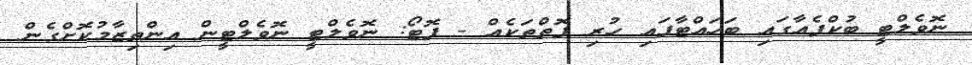
ނޮވެލްޓީ ބުކްފެއާގައި ބަހައްޓާފައި ހުރި ފޮތްތަކެއް - ފޮޓޯ: ނޮވެލްޓީ ނޮވެލްޓީން އިންތިޒާމުކޮށްގެން